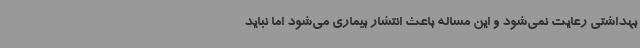
بهداشتی رعایت نمی‌شود و این مساله باعث انتشار بیماری می‌شود اما نباید